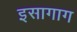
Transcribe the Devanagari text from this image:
इसागाग